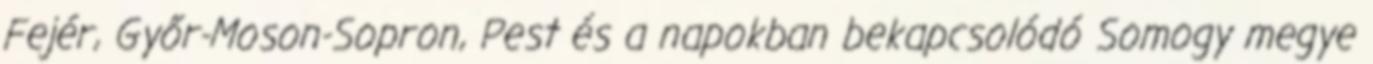
Fejér, Győr-Moson-Sopron, Pest és a napokban bekapcsolódó Somogy megye